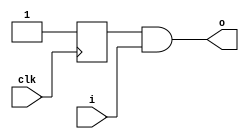
module demo (input clk, input i, output o);
  reg q = 0;
  always @(posedge clk) q <= 1;
  assign o = q & i;
endmodule